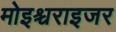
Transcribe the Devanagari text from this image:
मोइश्चराइजर